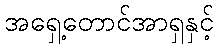
အရှေ့တောင်အာရှနှင့်